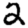
Digit: 2